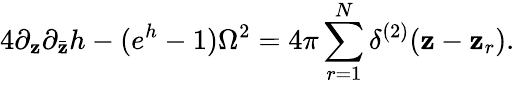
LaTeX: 4\partial_{\mathbf{z}}\partial_{\bar{{\mathbf{z}}}}h-(e^{h}-1)\Omega^{2}=4\pi\sum_{r=1}^{N}\delta^{(2)}(\mathbf{z}-\mathbf{z}_{r}).